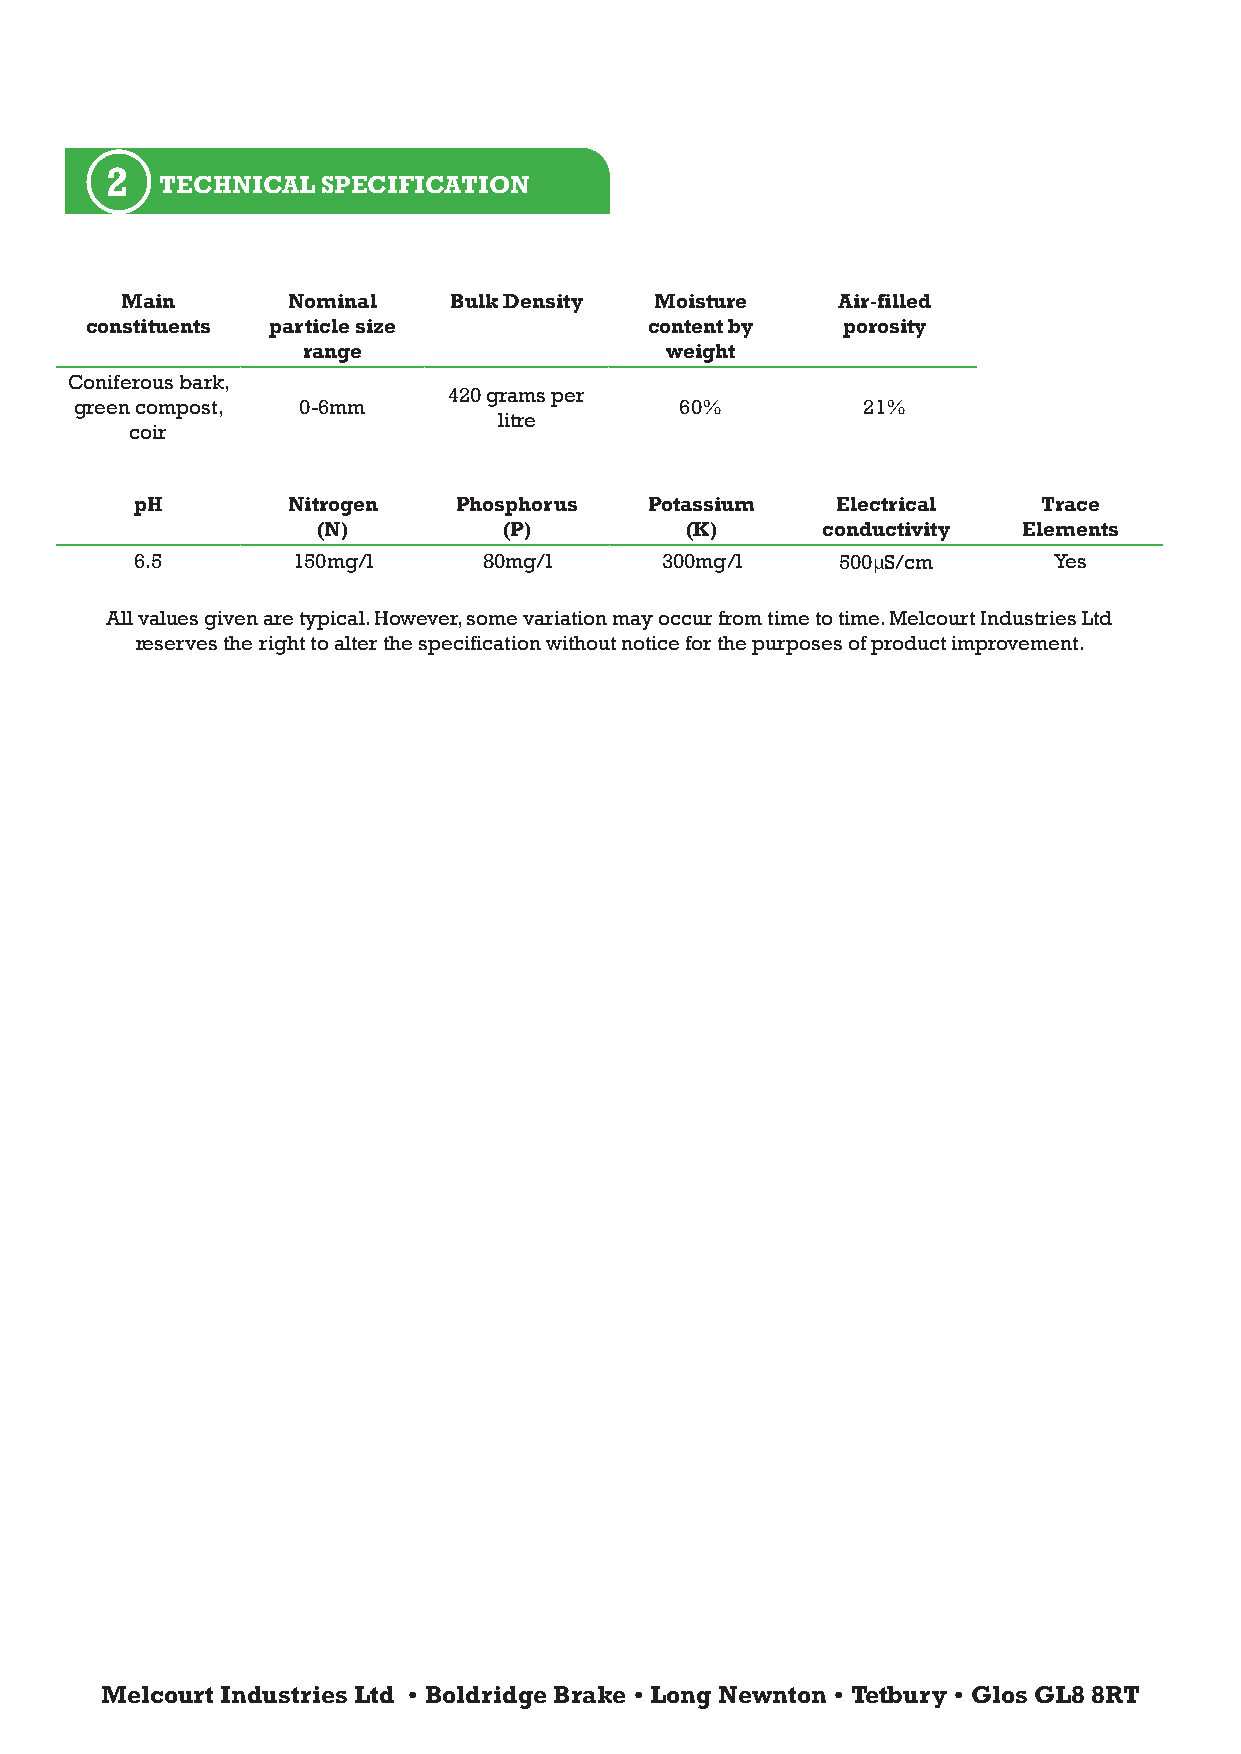
2
 TECHNICAL SPECIFICATION
 Main       Nominal    Bulk Density Moisture    Air-filled
 constituents particle size           content by   porosity
 range                   weight
 Coniferous bark,
 420 grams per
 green compost, 0-6mm                    60%         21%
 litre
 coir
 pH        Nitrogen   Phosphorus   Potassium   Electrical    Trace
 (N)         (P)         (K)      conductivity  Elements
 6.5       150mg/l      80mg/l      300mg/l    500µS/cm       Yes
 All values given are typical. However, some variation may occur from time to time. Melcourt Industries Ltd
 reserves the right to alter the specification without notice for the purposes of product improvement.
 Melcourt Industries Ltd • Boldridge Brake • Long Newnton • Tetbury • Glos GL8 8RT